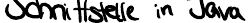
Schnittstelle in Java